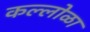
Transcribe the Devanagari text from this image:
कल्लोळा